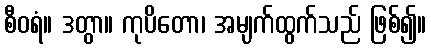
စီဝရံ။ ဒတွာ။ ကုပိတော၊ အမျက်ထွက်သည် ဖြစ်၍။